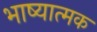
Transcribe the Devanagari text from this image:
भाष्यात्मक